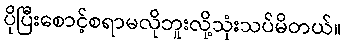
ပိုပြီးစောင့်စရာမလိုဘူးလို့သုံးသပ်မိတယ်။